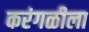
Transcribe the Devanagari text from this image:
करंगळीला